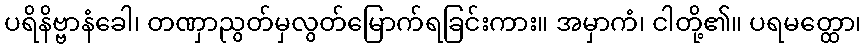
ပရိနိဗ္ဗာနံခေါ၊ တဏှာညွတ်မှလွတ်မြောက်ရခြင်းကား။ အမှာကံ၊ ငါတို့၏။ ပရမတ္ထော၊